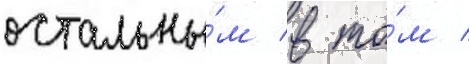
остальны́м в то́м /